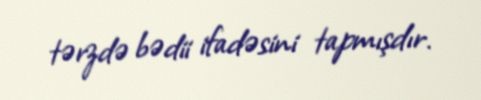
tərzdə bədii ifadəsini tapmışdır.